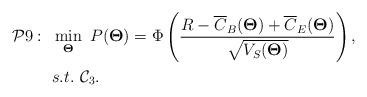
\begin{align*} \begin{aligned} \mathcal{P}9:~&\min_{\bold{\Theta}}~ P(\bold{\Theta})=\Phi\left(\frac{R-\overline{C}_{B}(\bold{\Theta})+\overline{C}_{E}(\bold{\Theta})}{\sqrt{V_{S}(\bold{\Theta})}}\right),\\&s.t.~\mathcal{C}_3. \end{aligned} \end{align*}